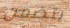
يتضمن